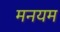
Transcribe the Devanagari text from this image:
मनयम